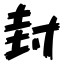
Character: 封